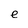
Character: e